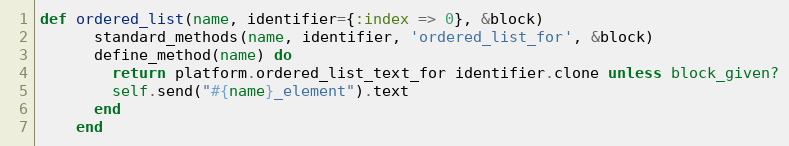
Language: Ruby
def ordered_list(name, identifier={:index => 0}, &block)
      standard_methods(name, identifier, 'ordered_list_for', &block)
      define_method(name) do
        return platform.ordered_list_text_for identifier.clone unless block_given?
        self.send("#{name}_element").text
      end
    end